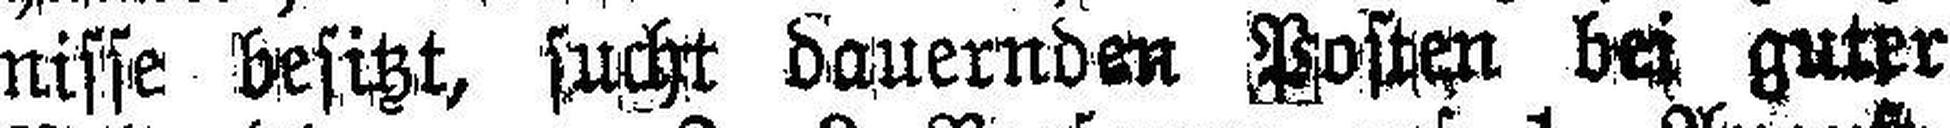
nisse besitzt, sucht dauernden Posten bei guter